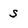
Character: S